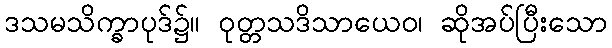
ဒသမသိက္ခာပုဒ်၌။ ဝုတ္တသဒိသာယေဝ၊ ဆိုအပ်ပြီးသော